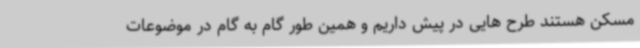
مسکن هستند طرح هایی در پیش داریم و همین طور گام به گام در موضوعات